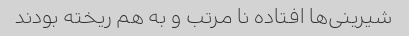
شیرینی‌ها افتاده نا مرتب و به هم ریخته بودند